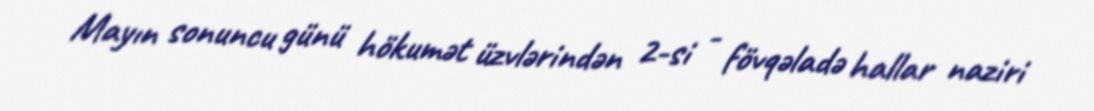
Mayın sonuncu günü hökumət üzvlərindən 2-si - fövqəladə hallar naziri